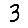
Digit: 3